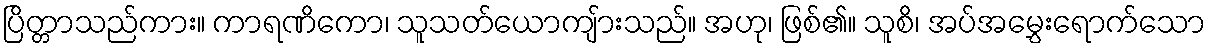
ပြိတ္တာသည်ကား။ ကာရဏိကော၊ သူသတ်ယောကျ်ားသည်။ အဟု၊ ဖြစ်၏။ သူစိ၊ အပ်အမွှေးရောက်သော